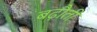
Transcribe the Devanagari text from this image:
बढ़ौती